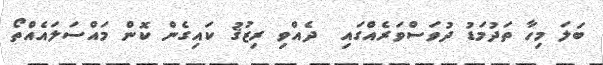
ބަލަ މިހާ ތަދުމަޑު ދުވަސްވަރެއްގައި  ދެއްވި ރިޒުޤު ކައިގެން ކޮން މައްސަލައެއްތޯ